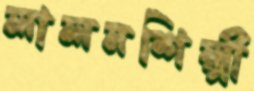
লালনশিল্পী